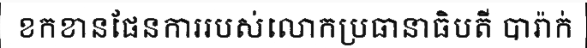
ខកខានផែនការរបស់លោកប្រធានាធិបតី បារ៉ាក់